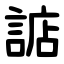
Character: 䛸